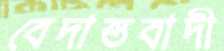
বেদান্তবাদী